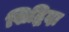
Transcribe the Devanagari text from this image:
सिद्धिदा